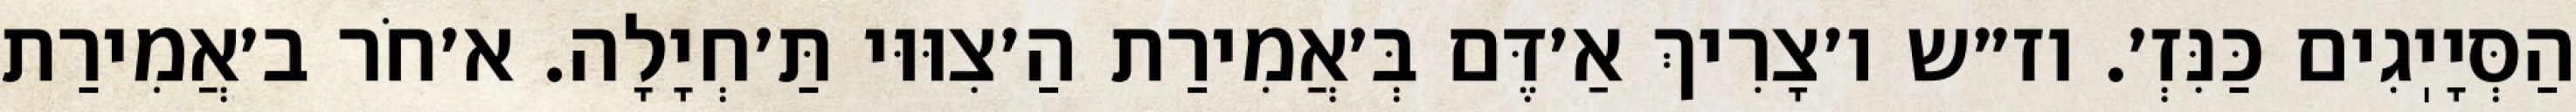
הַסְּיָיֽגִים כַּנִּזְ׳. וז״ש ו׳צָרִיךְ אַ׳דֶּם בְּ׳אֲמִירַת הַ׳צִוּוּי תַּ׳חְיָלָה. א׳חֹר ב׳אֲמִירַת